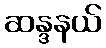
ဆန္ဒနယ်